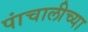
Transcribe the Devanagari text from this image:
पांचालीच्या